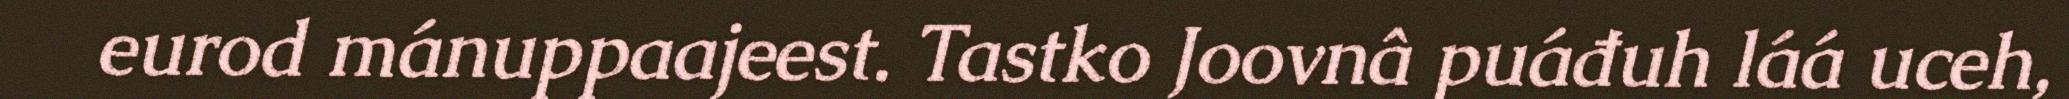
eurod mánuppaajeest. Tastko Joovnâ puáđuh láá uceh,